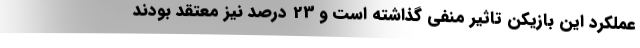
عملکرد این بازیکن تاثیر منفی گذاشته است و 23 درصد نیز معتقد بودند